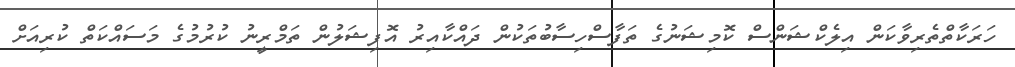
ހަރަކާތްތެރިވާކަން އިލެކްޝަންސް ކޮމިޝަނުގެ ތަފާސްހިސާބުތަކުން ދައްކާއިރު އޮފިޝަލުން ތަމްރީނު ކުރުމުގެ މަސައްކަތް ކުރިއަށް